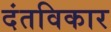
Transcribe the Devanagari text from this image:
दंतविकार